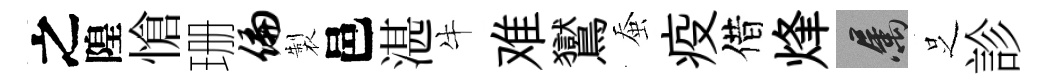
之隍愴珊偏製邑湛牛难鸑蚕疫借烽屬𠯁診